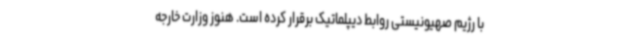
با رژیم صهیونیستی روابط دیپلماتیک برقرار کرده است. هنوز وزارت خارجه